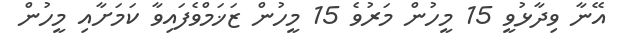
އޭނާ ވިދާޅުވީ 15 މީހުން މަރުވެ 15 މީހުން ޒަޚަމްވެފައިވާ ކަމަށާއި މީހުން